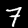
Digit: 7